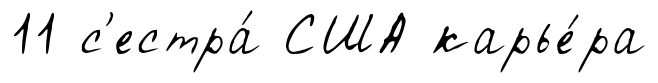
11 с'естра́ США карье́ра